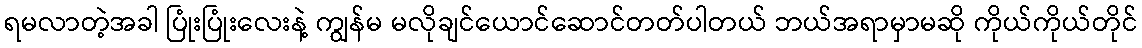
ရမလာတဲ့အခါ ပြုံးပြုံးလေးနဲ့ ကျွန်မ မလိုချင်ယောင်ဆောင်တတ်ပါတယ် ဘယ်အရာမှာမဆို ကိုယ်ကိုယ်တိုင်